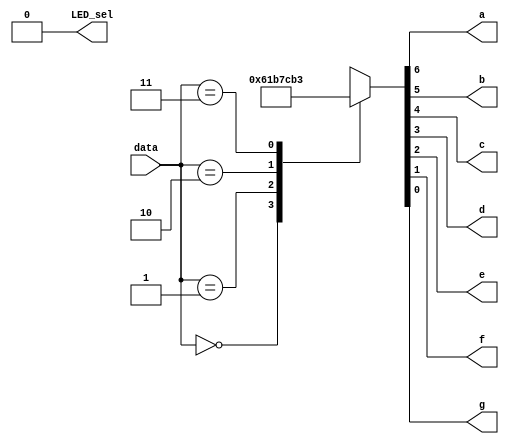
module led(data,LED_sel,a,b,c,d,e,f,g); //led
	input [1:0]data; //data,4
	output a,b,c,d,e,f,g,LED_sel; // a-gLED_sel
	reg a,b,c,d,e,f,g; //a-greg
	assign LED_sel=0; //LED_sel0
	always @ (data) //dataalways
		begin
			case({2'B00,data}) //case
				4'b0100:{a,b,c,d,e,f,g}=7'b1111110;//1
				4'b0000:{a,b,c,d,e,f,g}=7'b0110000;//2
				4'b0001:{a,b,c,d,e,f,g}=7'b1101101;//3
				4'b0010:{a,b,c,d,e,f,g}=7'b1111001;//4
				4'b0011:{a,b,c,d,e,f,g}=7'b0110011;//5
				4'b0101:{a,b,c,d,e,f,g}=7'b1011011;//6
				4'b0110:{a,b,c,d,e,f,g}=7'b1011111;//7
				4'b0111:{a,b,c,d,e,f,g}=7'b1110000;//8
				4'b1000:{a,b,c,d,e,f,g}=7'b1111111;//9
				4'b1001:{a,b,c,d,e,f,g}=7'b1111011;//a
				4'b1011:{a,b,c,d,e,f,g}=7'b0011111;//b
				4'b1100:{a,b,c,d,e,f,g}=7'b1001110;//c
				4'b1101:{a,b,c,d,e,f,g}=7'b0111101;//d
				4'b1110:{a,b,c,d,e,f,g}=7'b1001111;//e
				4'b1111:{a,b,c,d,e,f,g}=7'b1000111;//f
				default:;
			endcase
		end
endmodule